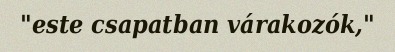
"este csapatban várakozók,"